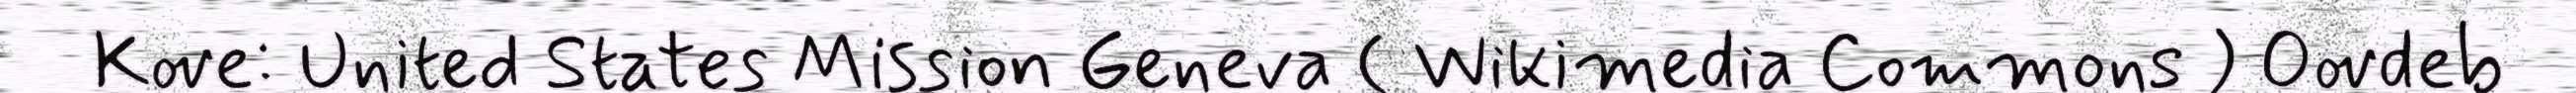
Kove: United States Mission Geneva ( Wikimedia Commons ) Oovdeb